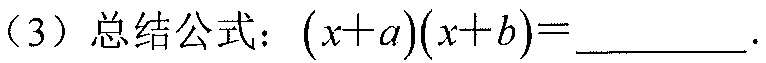
（3）总结公式：\((x + a)(x + b)=\underline{\quad\quad}\).